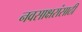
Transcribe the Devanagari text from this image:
नवसाक्षरांसाठी